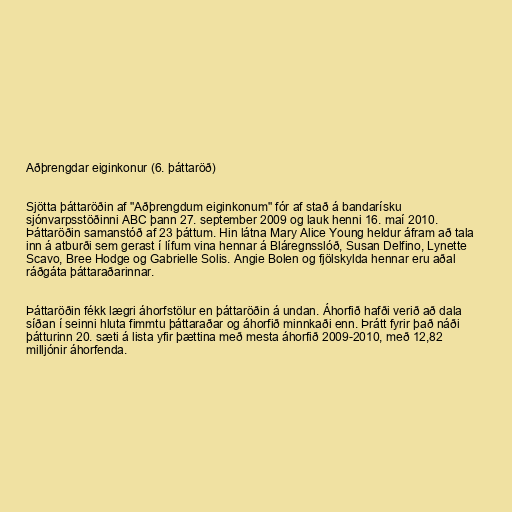
Aðþrengdar eiginkonur (6. þáttaröð)

Sjötta þáttaröðin af "Aðþrengdum eiginkonum" fór af stað á bandarísku
sjónvarpsstöðinni ABC þann 27. september 2009 og lauk henni 16. maí 2010.
Þáttaröðin samanstóð af 23 þáttum. Hin látna Mary Alice Young heldur áfram að tala
inn á atburði sem gerast í lífum vina hennar á Bláregnsslóð, Susan Delfino, Lynette
Scavo, Bree Hodge og Gabrielle Solis. Angie Bolen og fjölskylda hennar eru aðal
ráðgáta þáttaraðarinnar.

Þáttaröðin fékk lægri áhorfstölur en þáttaröðin á undan. Áhorfið hafði verið að dala
síðan í seinni hluta fimmtu þáttaraðar og áhorfið minnkaði enn. Þrátt fyrir það náði
þátturinn 20. sæti á lista yfir þættina með mesta áhorfið 2009-2010, með 12,82
milljónir áhorfenda.